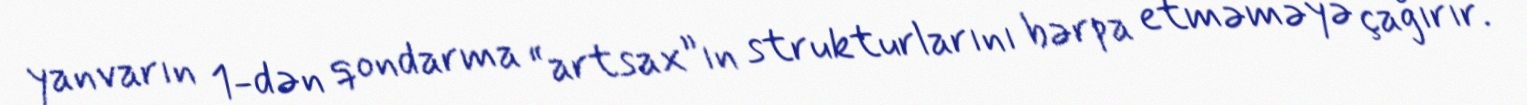
yanvarın 1-dən qondarma “artsax”ın strukturlarını bərpa etməməyə çağırır.